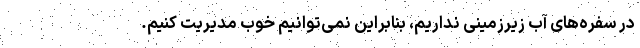
در سفره‌های آب زیرزمینی نداریم، بنابراین نمی‌توانیم خوب مدیریت کنیم.